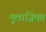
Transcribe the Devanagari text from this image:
मुलाज़िमत